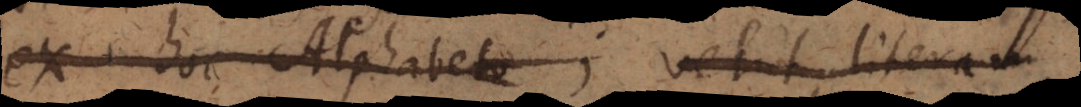
ex hoc Alphabeto; velut literam